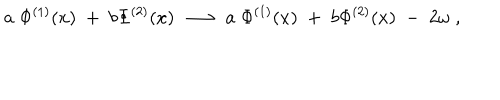
a \; \Phi ^ { ( 1 ) } ( x ) \; + \; b \Phi ^ { ( 2 ) } ( x ) \; \longrightarrow \; a \; \Phi ^ { ( 1 ) } ( x ) \; + \; b \Phi ^ { ( 2 ) } ( x ) \; - \; 2 \omega \; ,